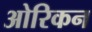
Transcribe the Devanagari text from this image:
ओरिकन